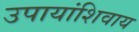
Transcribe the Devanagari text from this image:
उपायांशिवाय